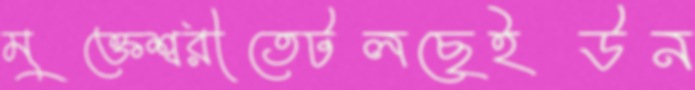
মুক্তেশ্বরীতেটলছেইউন